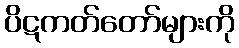
ပိဋကတ်တော်များကို